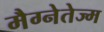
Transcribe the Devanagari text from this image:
मैग्नेतेज्म